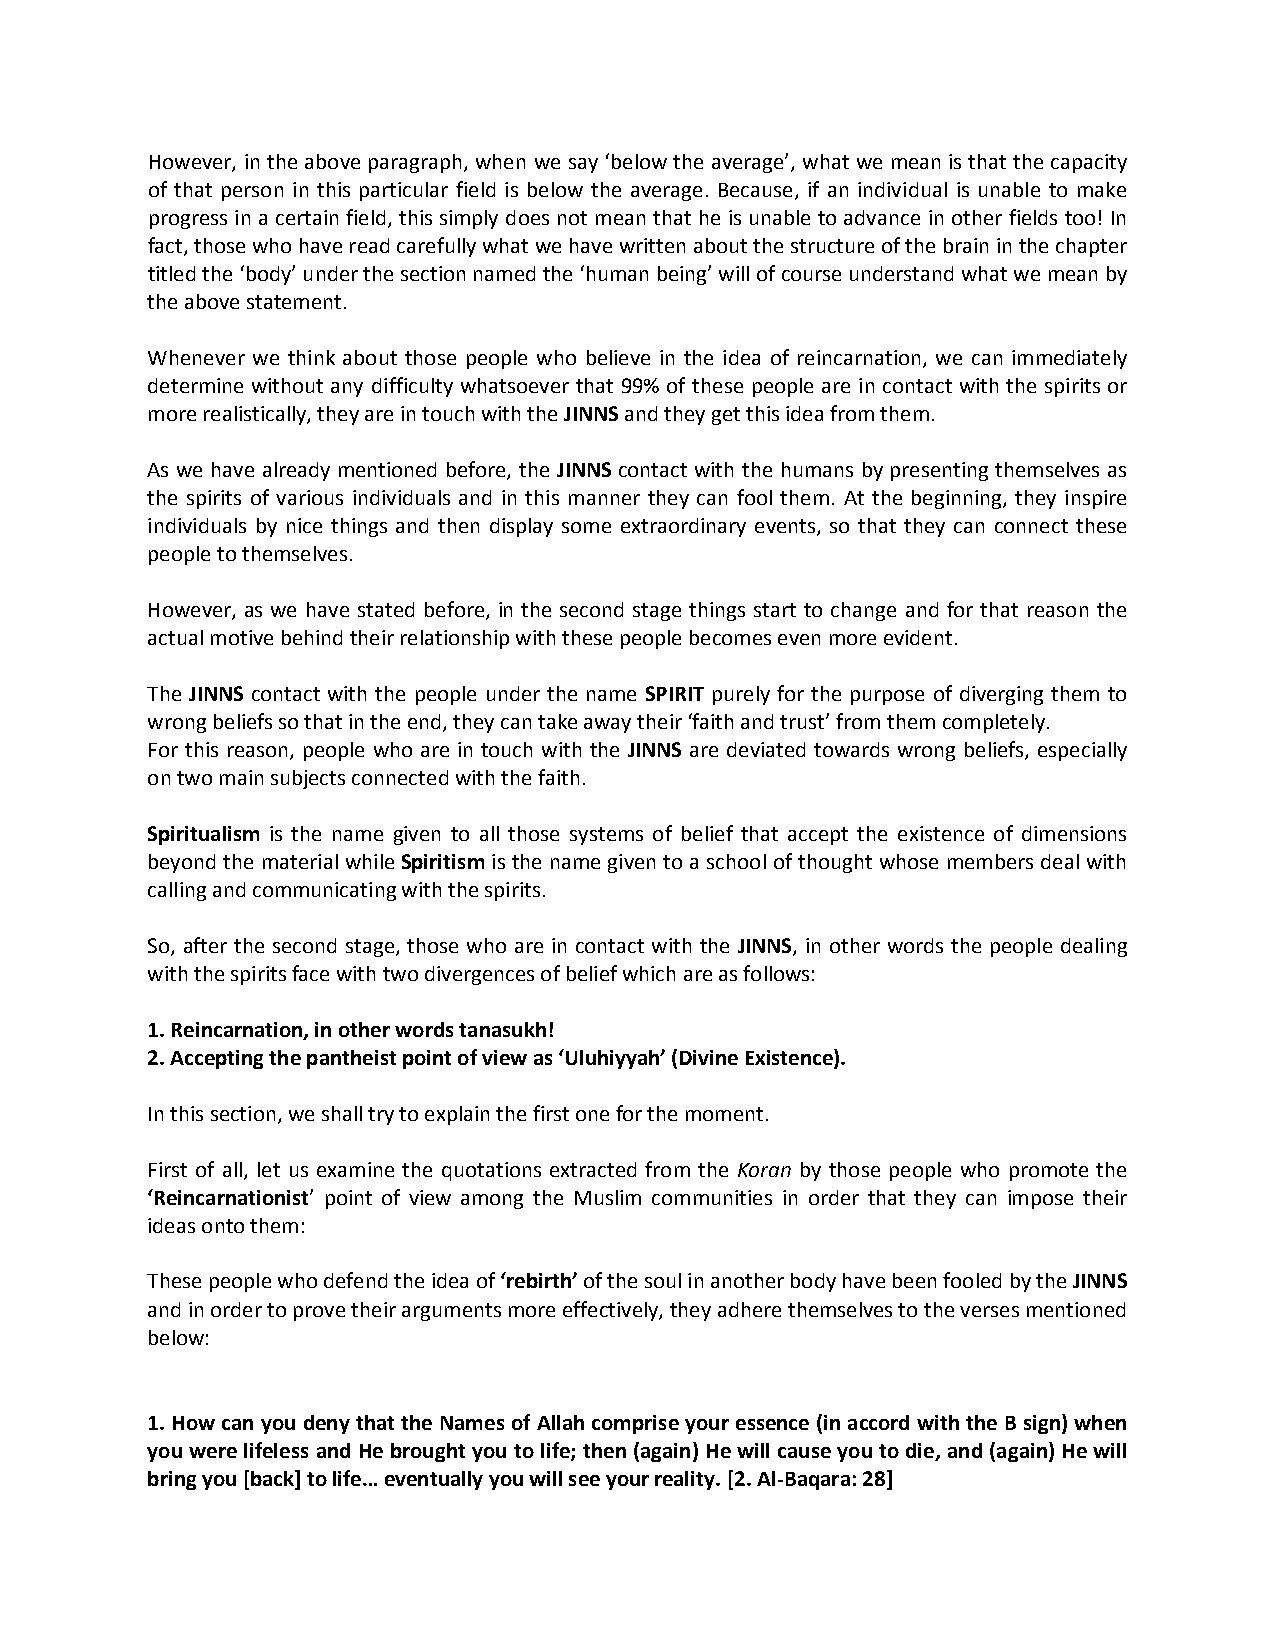
However, in the above paragraph, when we say ‘below the average’, what we mean is that the capacity
 of that person in this particular field is below the average. Because, if an individual is unable to make
 progress in a certain field, this simply does not mean that he is unable to advance in other fields too! In
 fact, those who have read carefully what we have written about the structure of the brain in the chapter
 titled the ‘body’ under the section named the ‘human being’ will of course understand what we mean by
 the above statement.
 Whenever we think about those people who believe in the idea of reincarnation, we can immediately
 determine without any difficulty whatsoever that 99% of these people are in contact with the spirits or
 more realistically, they are in touch with the JINNS and they get this idea from them.
 As we have already mentioned before, the JINNS contact with the humans by presenting themselves as
 the spirits of various individuals and in this manner they can fool them. At the beginning, they inspire
 individuals by nice things and then display some extraordinary events, so that they can connect these
 people to themselves.
 However, as we have stated before, in the second stage things start to change and for that reason the
 actual motive behind their relationship with these people becomes even more evident.
 The JINNS contact with the people under the name SPIRIT purely for the purpose of diverging them to
 wrong beliefs so that in the end, they can take away their ‘faith and trust’ from them completely.
 For this reason, people who are in touch with the JINNS are deviated towards wrong beliefs, especially
 on two main subjects connected with the faith.
 Spiritualism is the name given to all those systems of belief that accept the existence of dimensions
 beyond the material while Spiritism is the name given to a school of thought whose members deal with
 calling and communicating with the spirits.
 So, after the second stage, those who are in contact with the JINNS, in other words the people dealing
 with the spirits face with two divergences of belief which are as follows:
 1. Reincarnation, in other words tanasukh!
 2. Accepting the pantheist point of view as ‘Uluhiyyah’ (Divine Existence).
 In this section, we shall try to explain the first one for the moment.
 First of all, let us examine the quotations extracted from the Koran by those people who promote the
 ‘Reincarnationist’ point of view among the Muslim communities in order that they can impose their
 ideas onto them:
 These people who defend the idea of ‘rebirth’ of the soul in another body have been fooled by the JINNS
 and in order to prove their arguments more effectively, they adhere themselves to the verses mentioned
 below:
 1. How can you deny that the Names of Allah comprise your essence (in accord with the B sign) when
 you were lifeless and He brought you to life; then (again) He will cause you to die, and (again) He will
 bring you [back] to life… eventually you will see your reality. [2. Al-Baqara: 28]